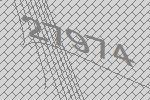
27974